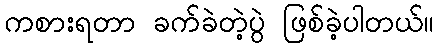
ကစားရတာ ခက်ခဲတဲ့ပွဲ ဖြစ်ခဲ့ပါတယ်။